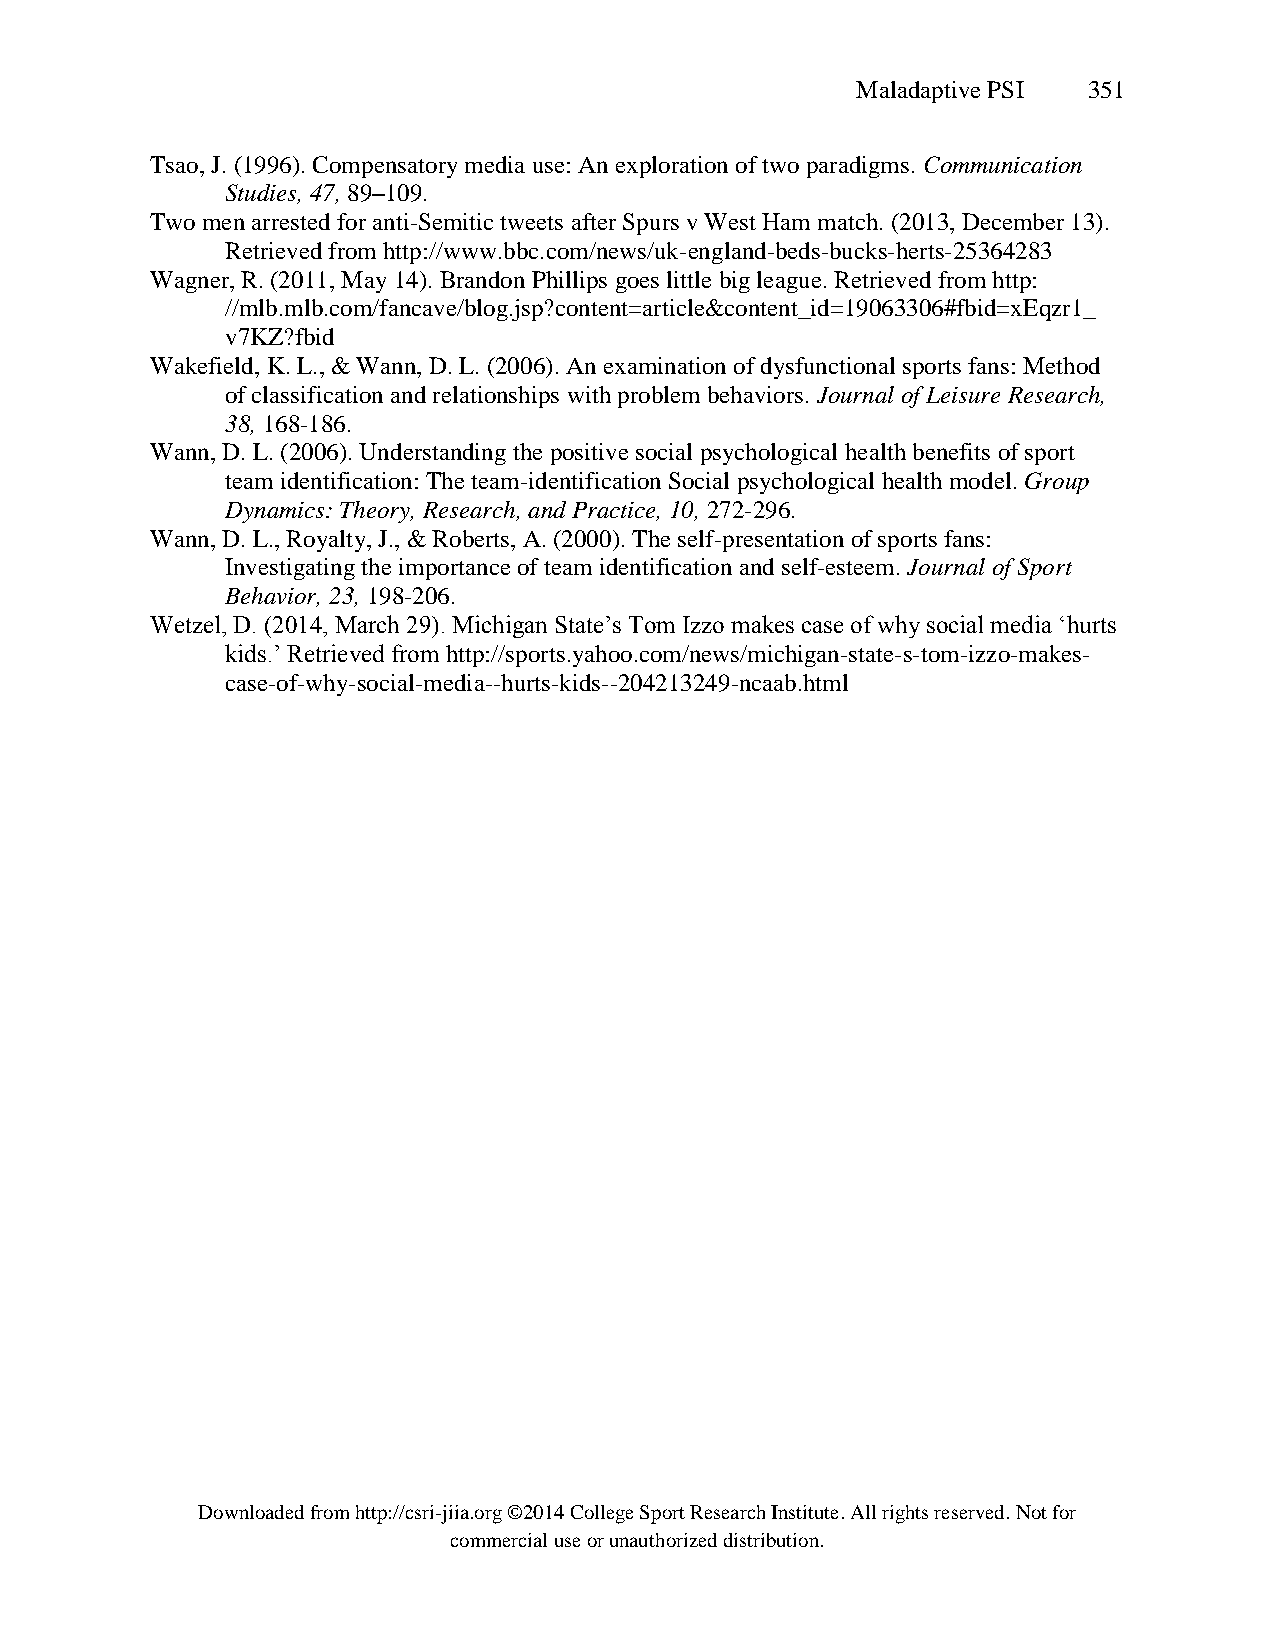
Maladaptive PSI 351
 Tsao, J. (1996). Compensatory media use: An exploration of two paradigms. Communication
 Studies, 47, 89–109.
 Two men arrested for anti-Semitic tweets after Spurs v West Ham match. (2013, December 13).
 Retrieved from http://www.bbc.com/news/uk-england-beds-bucks-herts-25364283
 Wagner, R. (2011, May 14). Brandon Phillips goes little big league. Retrieved from http:
 //mlb.mlb.com/fancave/blog.jsp?content=article&content_id=19063306#fbid=xEqzr1_
 v7KZ?fbid
 Wakefield, K. L., & Wann, D. L. (2006). An examination of dysfunctional sports fans: Method
 of classification and relationships with problem behaviors. Journal of Leisure Research,
 38, 168-186.
 Wann, D. L. (2006). Understanding the positive social psychological health benefits of sport
 team identification: The team-identification Social psychological health model. Group
 Dynamics: Theory, Research, and Practice, 10, 272-296.
 Wann, D. L., Royalty, J., & Roberts, A. (2000). The self-presentation of sports fans:
 Investigating the importance of team identification and self-esteem. Journal of Sport
 Behavior, 23, 198-206.
 Wetzel, D. (2014, March 29). Michigan State’s Tom Izzo makes case of why social media ‘hurts
 kids.’ Retrieved from http://sports.yahoo.com/news/michigan-state-s-tom-izzo-makes-
 case-of-why-social-media--hurts-kids--204213249-ncaab.html
 Downloaded from http://csri-jiia.org ©2014 College Sport Research Institute. All rights reserved. Not for
 commercial use or unauthorized distribution.